Lunatic asylums Central Provinces reports 1910-1926 - 1910-1926
Year: 1910
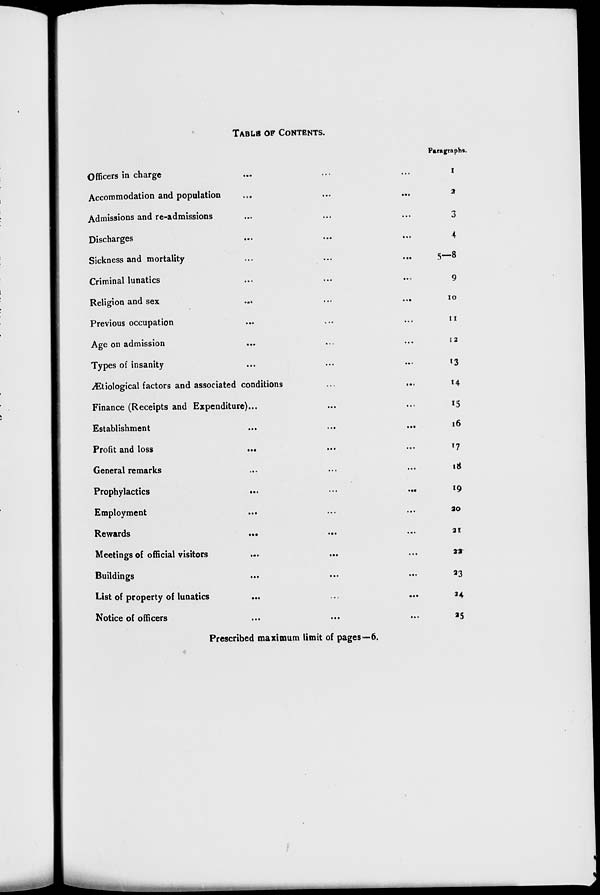
TABLE OF CONTENTS.
Officers in charge ... ... ...
Accommodation and population ... ... ...
Admissions and re-admissions ... ... ...
Discharges
...
...
...
Sickness and mortality ... ... ...
Criminal lunatics ... ... ...
Religion and sex
... ... ...
Previous occupation ... ... ...
Age on admission
...
...
...
Types of insanity ... ... ...
Ætiological factors and associated conditions
...
...
Finance (Receipts and Expenditure)... ... ...
Establishment
...
...
...
Profit and loss
...
...
...
General remarks ... ... ...
Prophylactics
...
...
...
Employment ... ... ...
Rewards ... ... ...
Meetings of official visitors ... ... ...
Buildings ... ... ...
List of property of lunatics ... ... ...
Notice of officers ... ... ...
Paragraphs.
1
2
3
4
5—8
9
10
11
12
13
14
15
16
17
18
19
20
21
22
23
24
25
Prescribed maximum limit of pages—6.